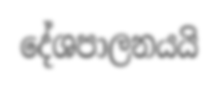
දේශපාලනයයි